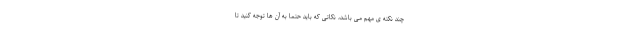
چند نکته ی مهم می باشد، نکاتی که باید حتماً به آن ها توجه کنید تا